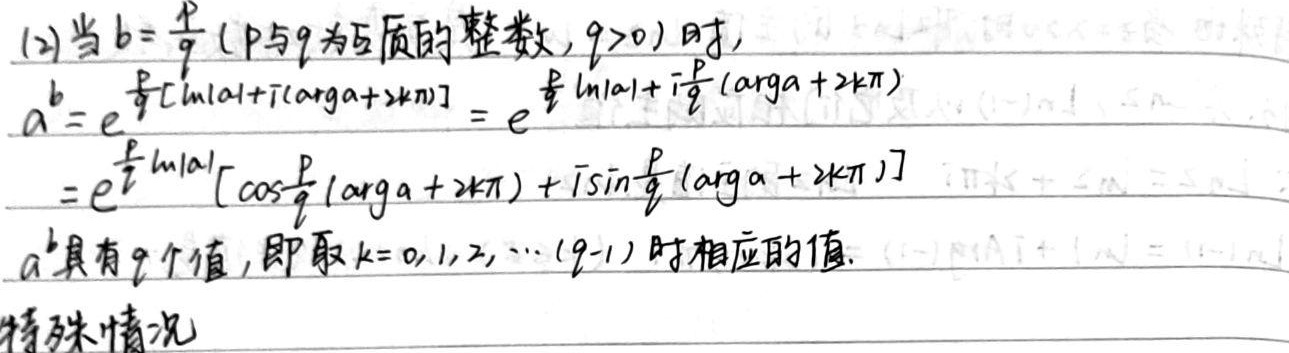
(2) 当 \(b = \frac{p}{q}\)（\(p\) 与 \(q\) 为互质的整数，\(q>0\)）时，
\[
\begin{align*}
a^{b}&=e^{\frac{p}{q}[\ln|a| + i(\text{arg}a + 2k\pi)]}=e^{\frac{p}{q}\ln|a|+i\frac{p}{q}(\text{arg}a + 2k\pi)}\\
&=e^{\frac{p}{q}\ln|a|}[\cos\frac{p}{q}(\text{arg}a + 2k\pi)+i\sin\frac{p}{q}(\text{arg}a + 2k\pi)]
\end{align*}
\]
\(a^{b}\) 具有 \(q\) 个值，即取 \(k = 0,1,2,\cdots,(q - 1)\) 时相应的值。特殊情况